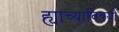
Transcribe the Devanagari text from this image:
ह्याच्याविषयी